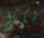
شكرا